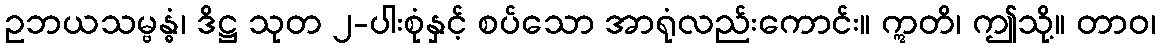
ဥဘယသမ္ဗန္ဓံ၊ ဒိဋ္ဌ သုတ ၂-ပါးစုံနှင့် စပ်သော အာရုံလည်းကောင်း။ ဣတိ၊ ဤသို့။ တာဝ၊